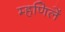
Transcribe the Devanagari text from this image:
म्हणिलें